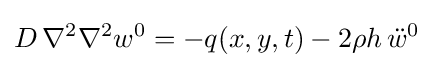
D\,\nabla ^{2}\nabla ^{2}w^{0}=-q(x,y,t)-2\rho h\,{\ddot {w}}^{0}